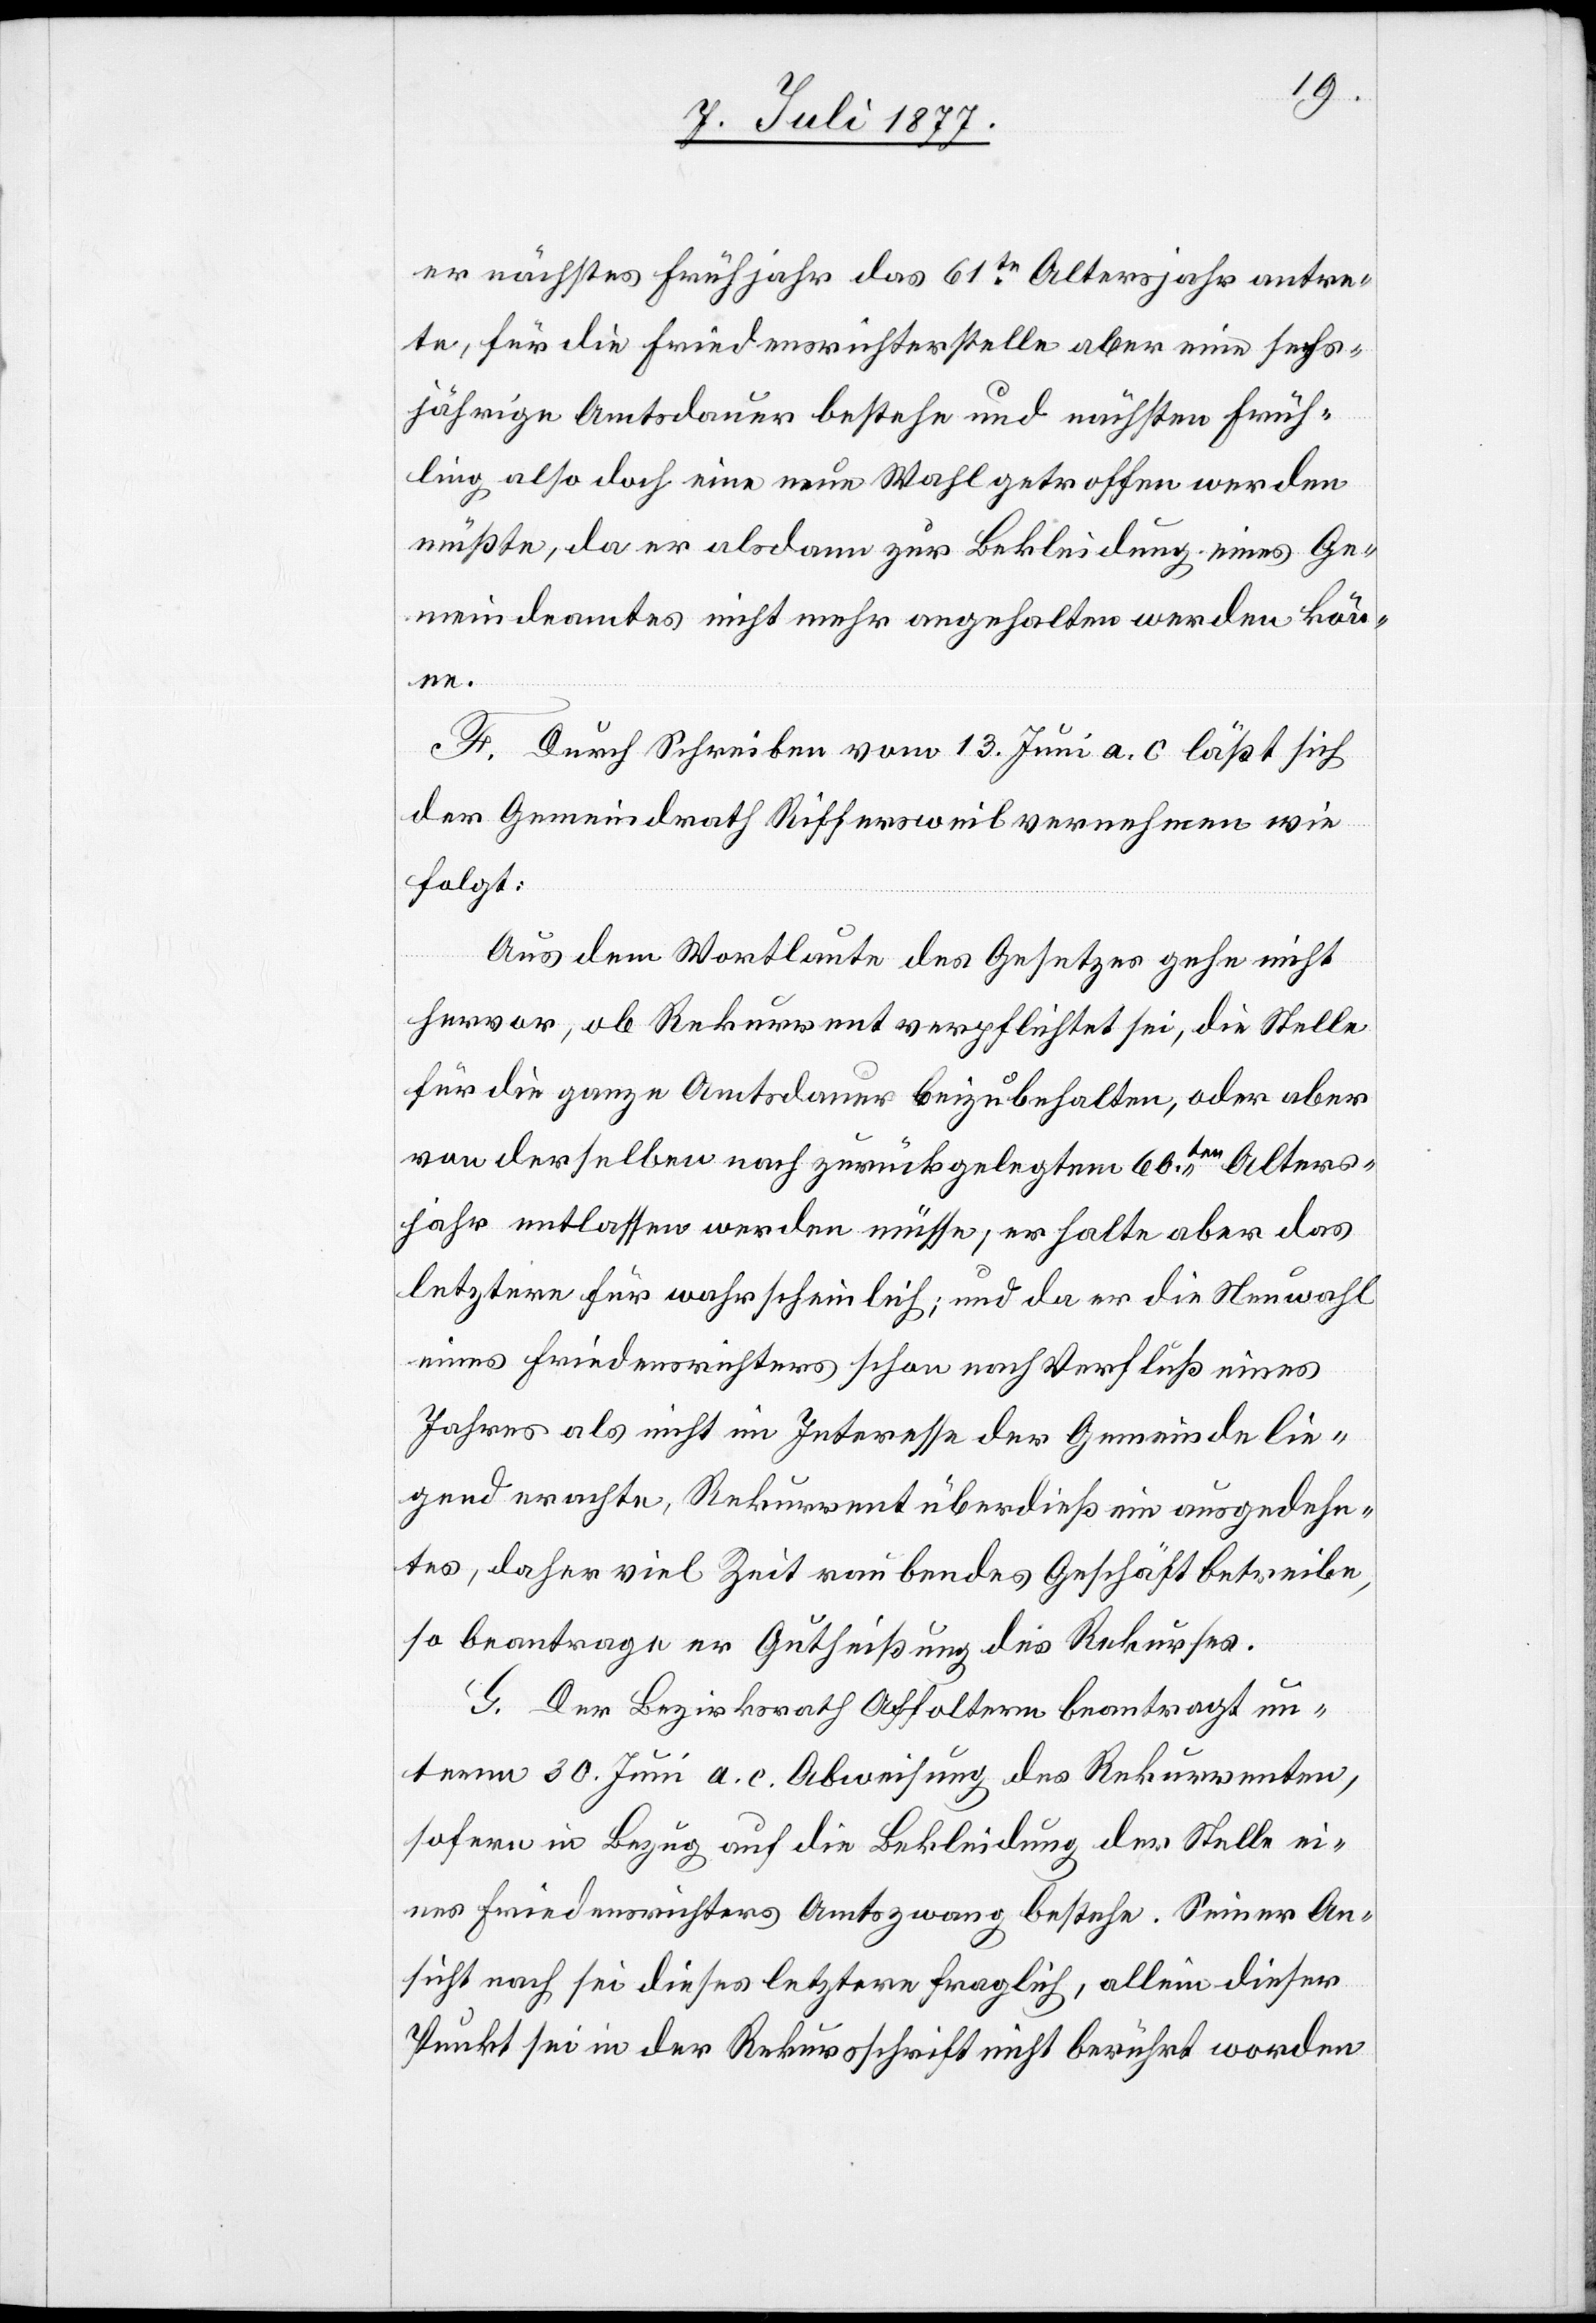
er nächstes Frühjahr das 61te Altersjahr antre¬
te, für die Friedensrichterstelle aber eine sechs¬
jährige Amtsdauer bestehe und nächsten Früh¬
ling also doch eine neue Wahl getroffen werden
müßte, da er alsdann zur Bekleidung eines Ge¬
meindeamtes nicht mehr angehalten werden könne.
F. Durch Schreiben vom 13. Juni a. c. läßt sich
der Gemeindrath Riffersweil vernehmen wie
folgt:
Aus dem Wortlaute des Gesetzes gehe nicht
hervor, ob Rekurrent verpflichtet sei, die Stelle
für die ganze Amtsdauer beizubehalten, oder aber
von derselben nach zurückgelegtem 60ten Alters¬
jahr entlassen werden müsse; er halte aber das
letztere für wahrscheinlich; und da er die Neuwahl
eines Friedensrichters schon nach Verfluß eines
Jahres als nicht im Interesse der Gemeinde lie¬
gend erachte, Rekurrent überdieß ein ausgedehn¬
tes, daher viel Zeit raubendes Geschäft betreibe,
so beantrage er Gutheißung des Rekurses.
G. Der Bezirksrath Affoltern beantragt un¬
term 30. Juni a. c. Abweisung des Rekurrenten,
sofern in Bezug auf die Bekleidung der Stelle ei¬
nes Friedensrichters Amtszwang bestehe. Seiner An¬
sicht nach sei dieses letztere fraglich, allein dieser
Punkt sei in der Rekursschrift nicht berührt worden